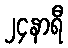
၂၄နာရီ